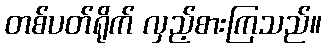
တစ်ပတ်ရိုက် လှည့်စားကြသည်။